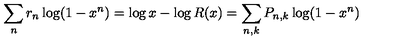
\sum _ { n } r _ { n } \log ( 1 - x ^ { n } ) = \log x - \log R ( x ) = \sum _ { n , k } P _ { n , k } \log ( 1 - x ^ { n } )